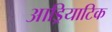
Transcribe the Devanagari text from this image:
आड्रियाटिक